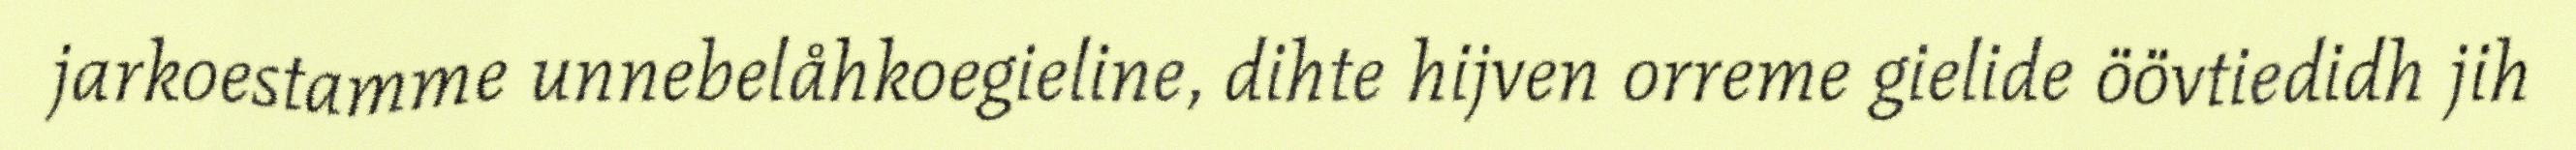
jarkoestamme unnebelåhkoegieline, dihte hijven orreme gielide öövtiedidh jih